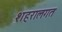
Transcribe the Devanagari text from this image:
शहरालगत